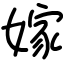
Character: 嫁